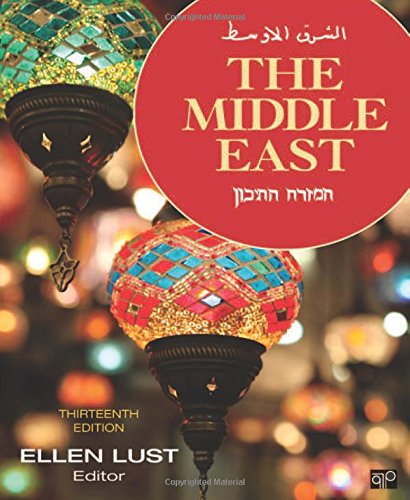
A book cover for The Middle East; Reference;